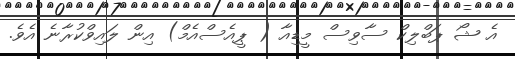
އެ ޝޯ ޕަބްލިކް ސާވިސް މީޑިއާ ( ޕީއެސްއެމް) އިން ލައިވްކުރާނެ އެވެ.